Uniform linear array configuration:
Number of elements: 16
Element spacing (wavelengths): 1
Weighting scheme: blackman
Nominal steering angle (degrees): -60
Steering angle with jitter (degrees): -61.635
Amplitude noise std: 0.05
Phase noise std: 0.05

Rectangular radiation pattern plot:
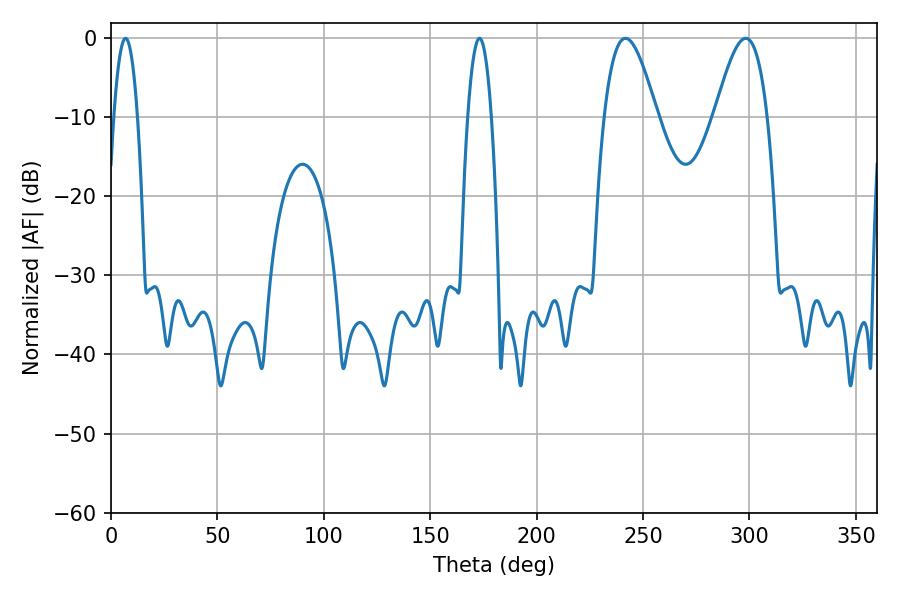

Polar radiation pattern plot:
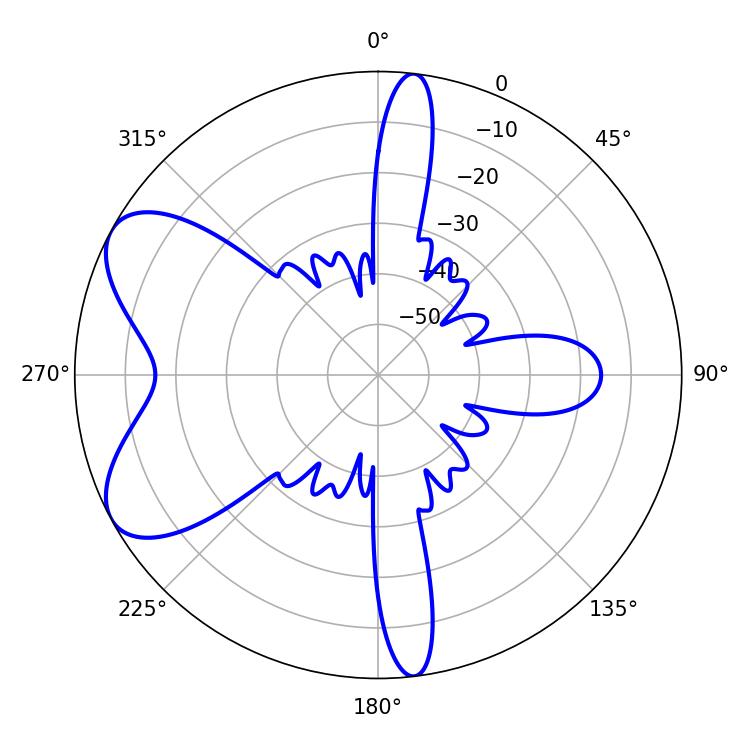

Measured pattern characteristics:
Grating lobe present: TRUE
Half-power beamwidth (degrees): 13.32
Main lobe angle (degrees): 241.74